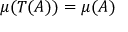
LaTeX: \mu ( T ( A ) ) = \mu ( A )